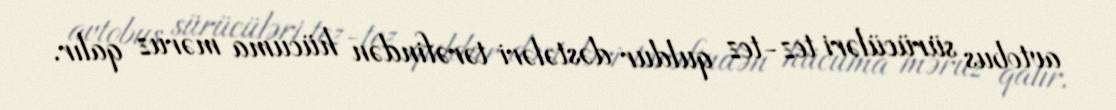
avtobus sürücüləri tez-tez quldur dəstələri tərəfindən hücuma məruz qalır.